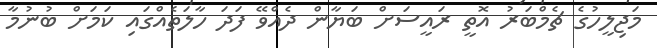
މަޖިލީހުގެ ޗެމްބަރު އޮތީ ރައީސަށް ބަޔާން ދެއްވޭ ފަދަ ހާލަތެއްގައި ކަމަށް ބުނުމާ